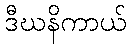
ဒီဃနိကာယ်